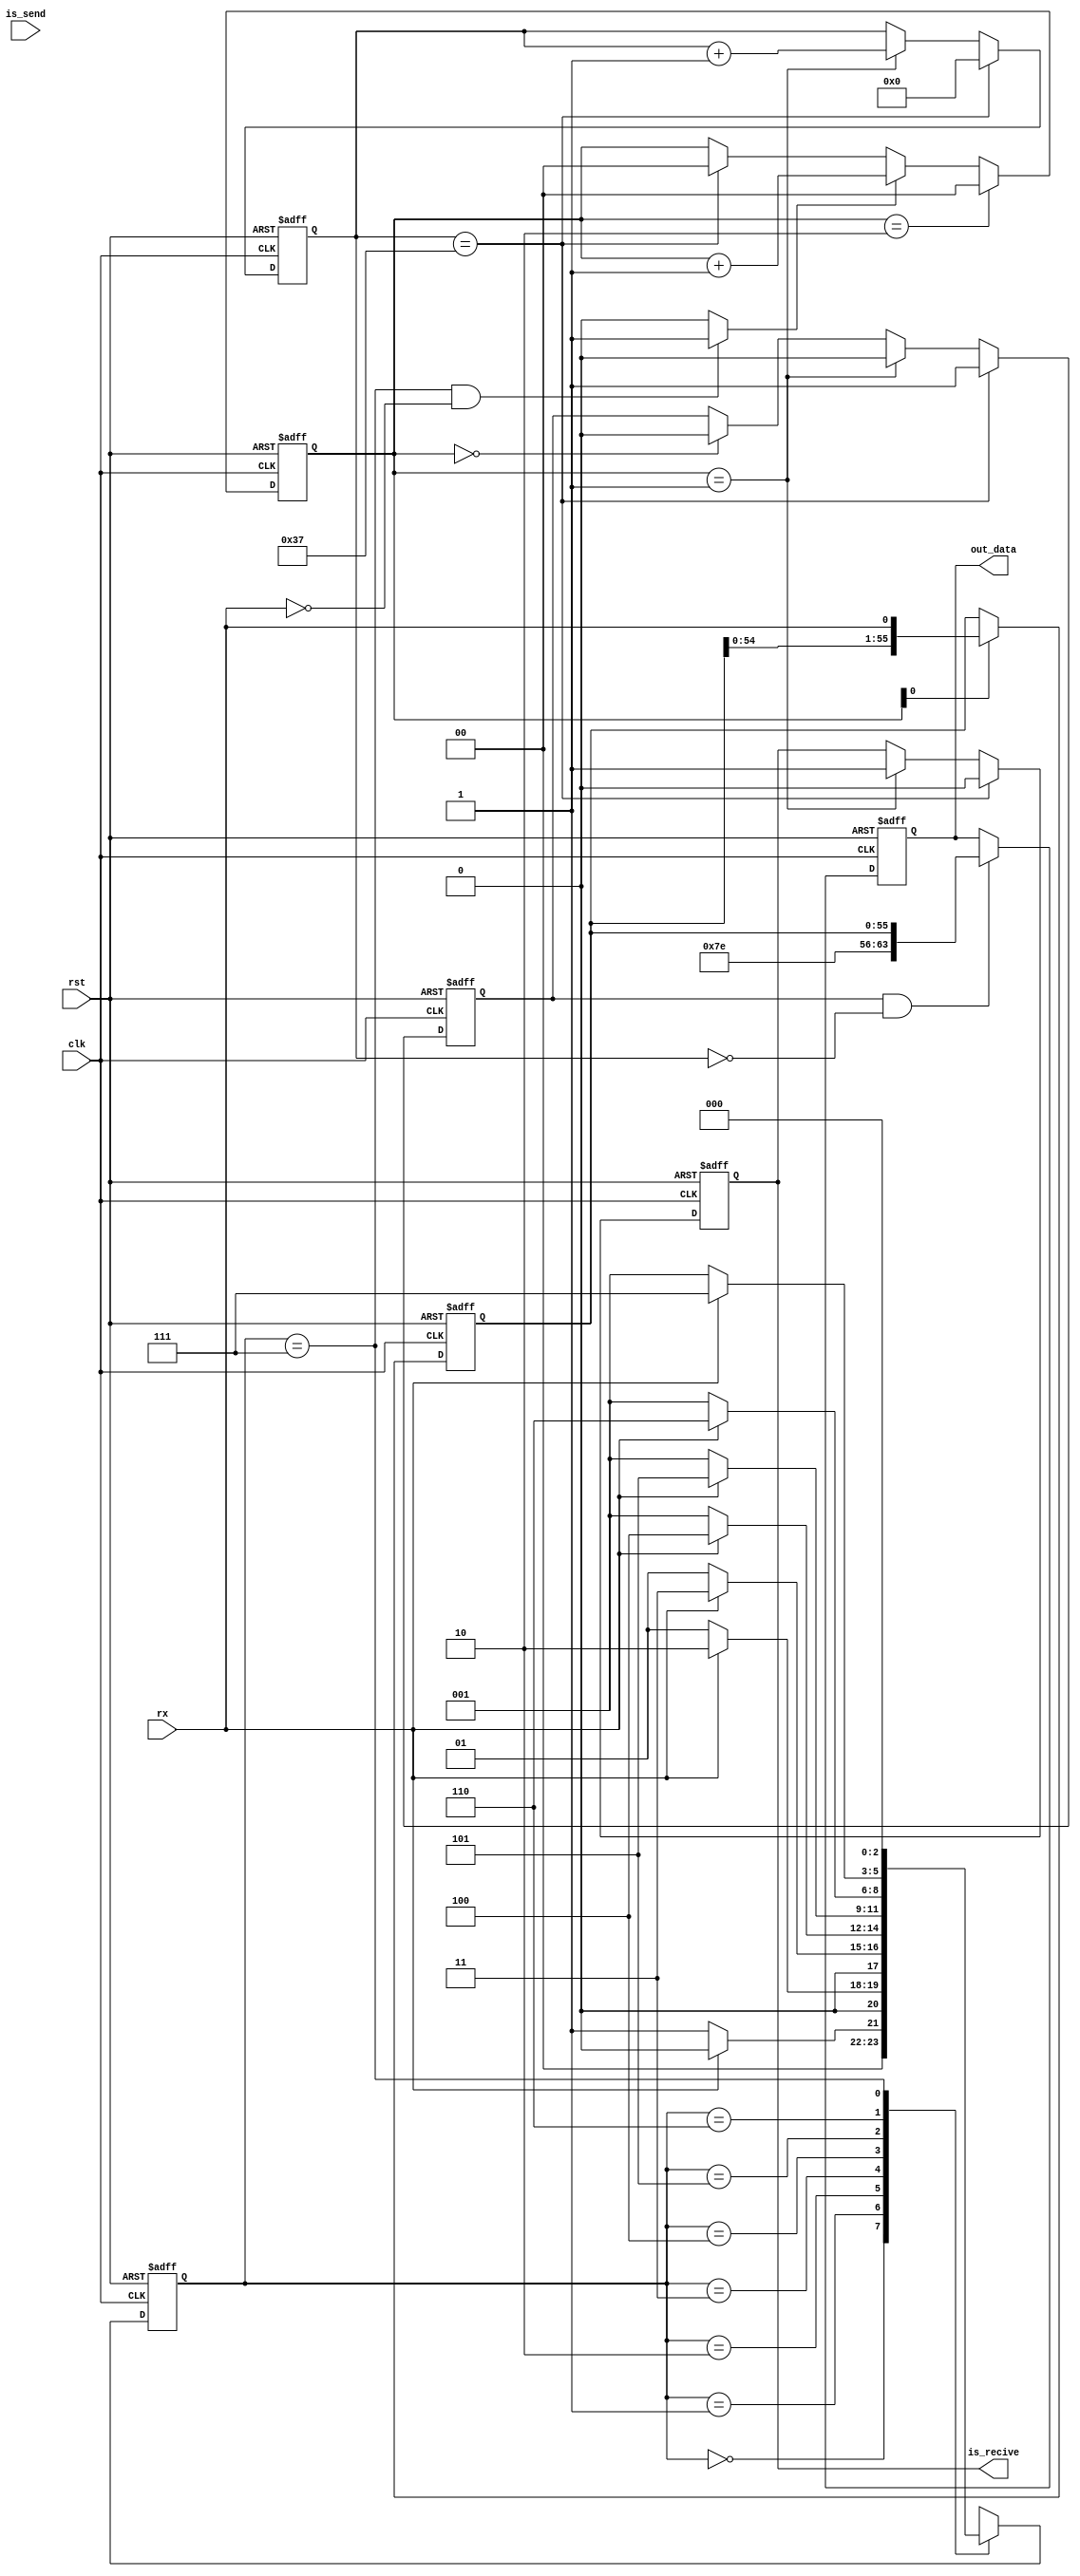
module hdlc_recivedata(
    input wire clk,
    input wire rst,
    input wire rx,
    input wire is_send,

    output reg [63:0] out_data,
    output reg is_recive
);

    reg rx_d1;
    reg rx_d2;
    reg rx_d3;
    reg rx_d4;
    reg rx_d5;
    reg rx_d6;
    reg rx_d7;
    reg rx_d8;

    always @ (posedge clk or posedge rst) begin
        if (rst) begin
            rx_d1 <= 1'b0;
        end
        else begin
            rx_d1 <= rx;
        end
    end

    always @ (posedge clk or posedge rst) begin
        if (rst) begin
            rx_d2 <= 1'b0;
        end
        else begin
            rx_d2 <= rx_d1;
        end
    end

    always @ (posedge clk or posedge rst) begin
        if (rst) begin
            rx_d3 <= 1'b0;
        end
        else begin
            rx_d3 <= rx_d2;
        end
    end

    always @ (posedge clk or posedge rst) begin
        if (rst) begin
            rx_d4 <= 1'b0;
        end
        else begin
            rx_d4 <= rx_d3;
        end
    end

    always @ (posedge clk or posedge rst) begin
        if (rst) begin
            rx_d5 <= 1'b0;
        end
        else begin
            rx_d5 <= rx_d4;
        end
    end

    always @ (posedge clk or posedge rst) begin
        if (rst) begin
            rx_d6 <= 1'b0;
        end
        else begin
            rx_d6 <= rx_d5;
        end
    end

    always @ (posedge clk or posedge rst) begin
        if (rst) begin
            rx_d7 <= 1'b0;
        end
        else begin
            rx_d7 <= rx_d6;
        end
    end    

    always @ (posedge clk or posedge rst) begin
        if (rst) begin
            rx_d8 <= 1'b0;
        end
        else begin
            rx_d8 <= rx_d7;
        end
    end

    reg [2:0] state, next_state;
    parameter s_count = 3'd0;
    parameter s0 = 3'd1;
    parameter s1 = 3'd2;
    parameter s2 = 3'd3;
    parameter s3 = 3'd4;
    parameter s4 = 3'd5;
    parameter s5 = 3'd6;
    parameter s6 = 3'd7;    

    always @ (posedge clk or posedge rst) begin
        if (rst) begin
            state <= s_count;
        end
        else begin
            state <= next_state;
        end
    end

    always @ (state or rx) begin
        case(state)
            s_count: begin
                if(rx == 1'b0) begin
                    next_state = s0;
                end
                else begin
                    next_state = s_count;
                end
            end
            s0: begin
                if (rx == 1'b1) begin
                    next_state = s1;
                end
                else begin
                    next_state = s0;
                end
            end

            s1: begin
                if (rx == 1'b1) begin
                    next_state = s2;
                end
                else begin
                    next_state = s0;
                end
            end

            s2: begin
                if (rx == 1'b1) begin
                    next_state = s3;
                end
                else begin
                    next_state = s0;
                end
            end

            s3: begin
                if (rx == 1'b1) begin
                    next_state = s4;
                end
                else begin
                    next_state = s0;
                end
            end

            s4: begin
                if (rx == 1'b1) begin
                    next_state = s5;
                end
                else begin
                    next_state = s0;
                end
            end

            s5: begin
                if (rx == 1'b1) begin
                    next_state = s6;
                end
                else begin
                    next_state = s0;
                end
            end

            s6: begin
                next_state = s_count;
            end
        endcase
    end

    reg receive;
    always @ (state or rx) begin
        if (state == s6 && rx == 1'b0) begin
            receive <= 1'b1;
        end
        else begin
            receive <= 1'b0;
        end
    end

    reg [55:0]data;
    reg [6:0]count;
    reg [1:0]flag;

    always @(posedge clk or posedge rst) begin
        if (rst) begin
            flag <= 2'b0;
        end
        else if (flag == 2'd2) begin
            flag <= 2'b0;
        end
        else if (receive) begin
            flag <= flag + 1'b1;
        end
        else if (count == 7'd55) begin
            flag <= 2'b0;
		  end
    end

    reg is_finish_recive;

    always @(posedge clk or posedge rst) begin
        if (rst) begin
            count <= 7'b0;
            is_recive = 1'b0;
            is_finish_recive = 1'b0;
        end
        else if (count == 7'd55) begin
            count <= 7'b0;
            is_recive = 1'b0;
            is_finish_recive = 1'b1;
        end
        else if (flag == 2'd1) begin
            is_recive = 1'b1;
            is_finish_recive = 1'b0;
            count <= count + 1'b1;
        end
        else if (flag == 2'b0) begin
            is_finish_recive = 1'b0;
        end
    end

    always @(posedge clk or posedge rst) begin
        if (rst) begin
            data <= 56'b0;
        end
        else if (flag[0]) begin
            data <= {data, rx};
        end
    end

    always @ (posedge clk or posedge rst) begin
        if (rst) begin
            out_data <= 64'b0;
        end
        else if (is_finish_recive & (count == 7'd0)) begin
            out_data <= {8'h7E, data};
        end
    end
endmodule